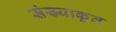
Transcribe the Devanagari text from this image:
संख्याकृत